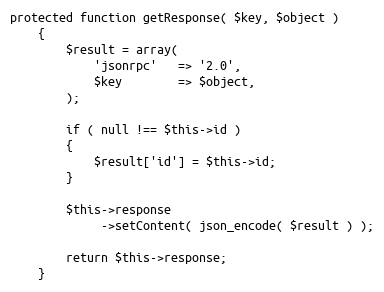
Language: PHP
protected function getResponse( $key, $object )
    {
        $result = array(
            'jsonrpc'   => '2.0',
            $key        => $object,
        );

        if ( null !== $this->id )
        {
            $result['id'] = $this->id;
        }

        $this->response
             ->setContent( json_encode( $result ) );

        return $this->response;
    }